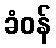
ခံဝန်